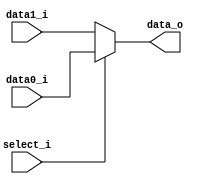
module MUX_2to1 #(
    parameter DATA_W = 64
)(
       data0_i,
       data1_i,
       select_i,
       data_o
);

parameter size = 0;			   
			
//I/O ports               
input   [DATA_W-1:0] data0_i;          
input   [DATA_W-1:0] data1_i;
input              select_i;
output  [DATA_W-1:0] data_o; 

//Internal Signals
reg     [DATA_W-1:0] data_o;

//Main function
always@(*) begin
    data_o = (select_i)? data0_i: data1_i;
end

endmodule